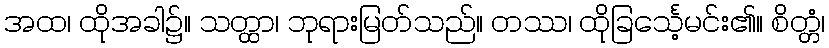
အထ၊ ထိုအခါ၌။ သတ္ထာ၊ ဘုရားမြတ်သည်။ တဿ၊ ထိုခြင်္သေ့မင်း၏။ စိတ္တံ၊